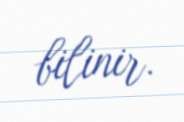
bilinir.